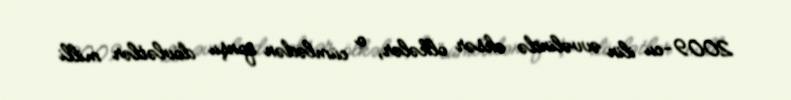
2009-cu ilin əvvəlində əksər ölkələr, o cümlədən qonşu dövlətlər milli